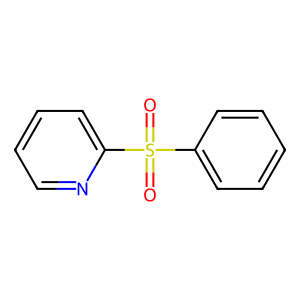
SMILES: O=S(=O)(c1ccccc1)c1ccccn1
Inhibits HIV replication: Yes